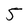
Character: 5